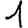
Digit: 1